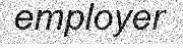
employer